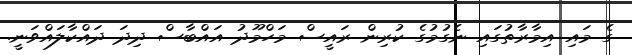
ގެ މައި އިމާރާތުގައި ނެގުމުގެ ކުރިން ރައީސް މަހްމޫދު އައްބާސް ދިދަ ދައްކާލައްވަނީ.